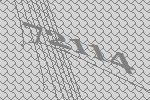
72114